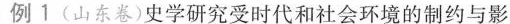
例1(山东卷)史学研究受时代和社会环境的制约与影